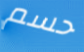
حسم